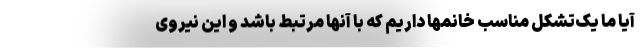
آیا ما یک‌تشکل مناسب خانمها داریم که با آنها مرتبط باشد و این نیروی